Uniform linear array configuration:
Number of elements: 16
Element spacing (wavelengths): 1
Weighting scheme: hamming
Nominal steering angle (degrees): -45
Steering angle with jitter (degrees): -44.368
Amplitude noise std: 0.05
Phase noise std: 0.05

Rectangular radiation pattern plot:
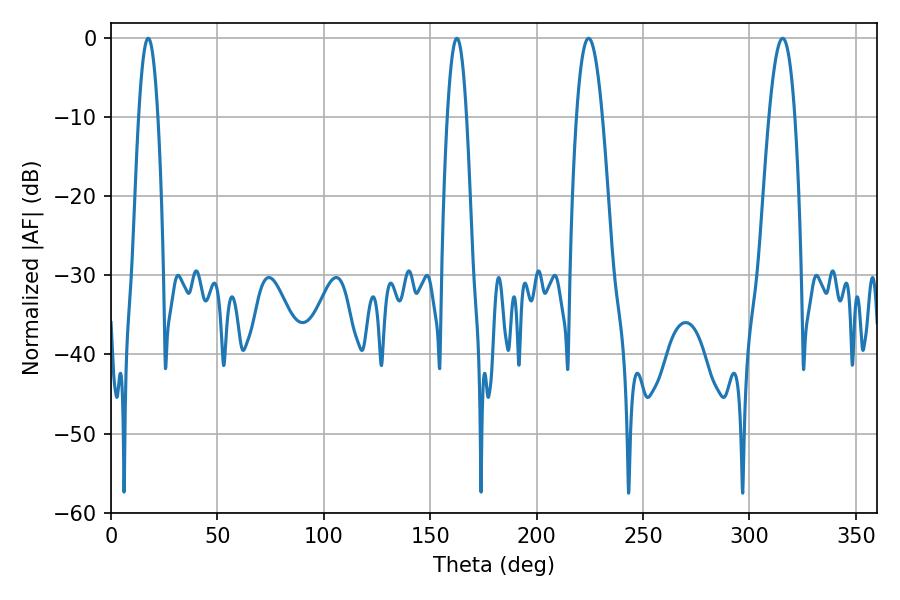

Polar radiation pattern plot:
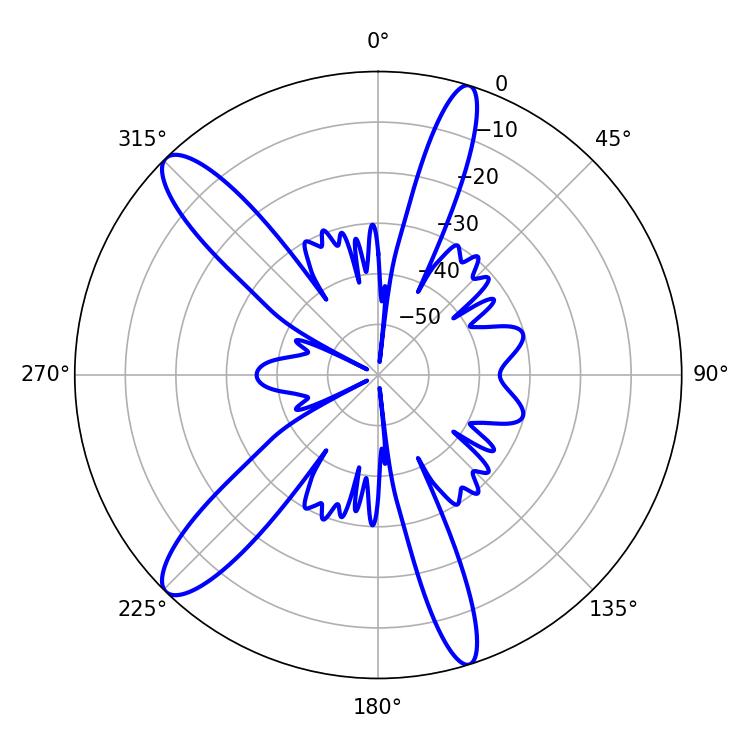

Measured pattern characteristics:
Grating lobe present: TRUE
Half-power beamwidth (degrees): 5.04
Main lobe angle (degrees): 17.46